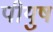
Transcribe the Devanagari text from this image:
पीयुष